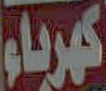
كهرباء